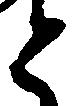
と